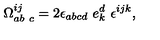
\Omega _ { a b \ c } ^ { i j } = 2 \epsilon _ { a b c d } \ e _ { k } ^ { d } \ \epsilon ^ { i j k } ,